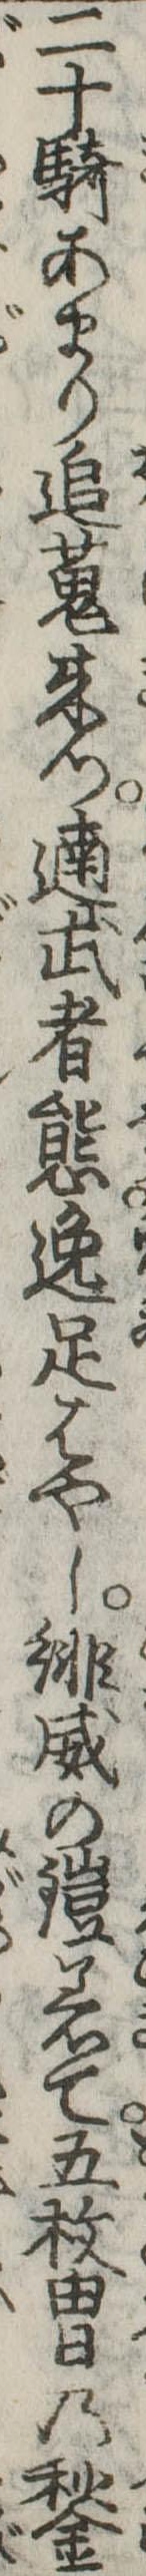
二十騎あまり追蒐来つ遖武者態逸足はやし緋威の鎧着て五枚冑の鍬